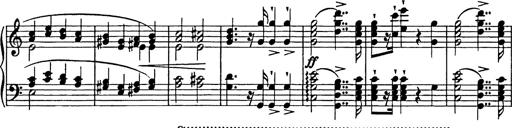
Title: Festmarsch zur SÃ¤cularfeier von Goethes Geburtstag
Composer: Franz Liszt